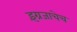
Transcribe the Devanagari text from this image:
इंग्रजाचेच